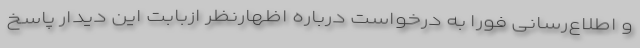
و اطلاع‌رسانی فورا به درخواست درباره اظهارنظر ازبابت این دیدار پاسخ